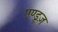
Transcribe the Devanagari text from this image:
एण्ड्रूज़